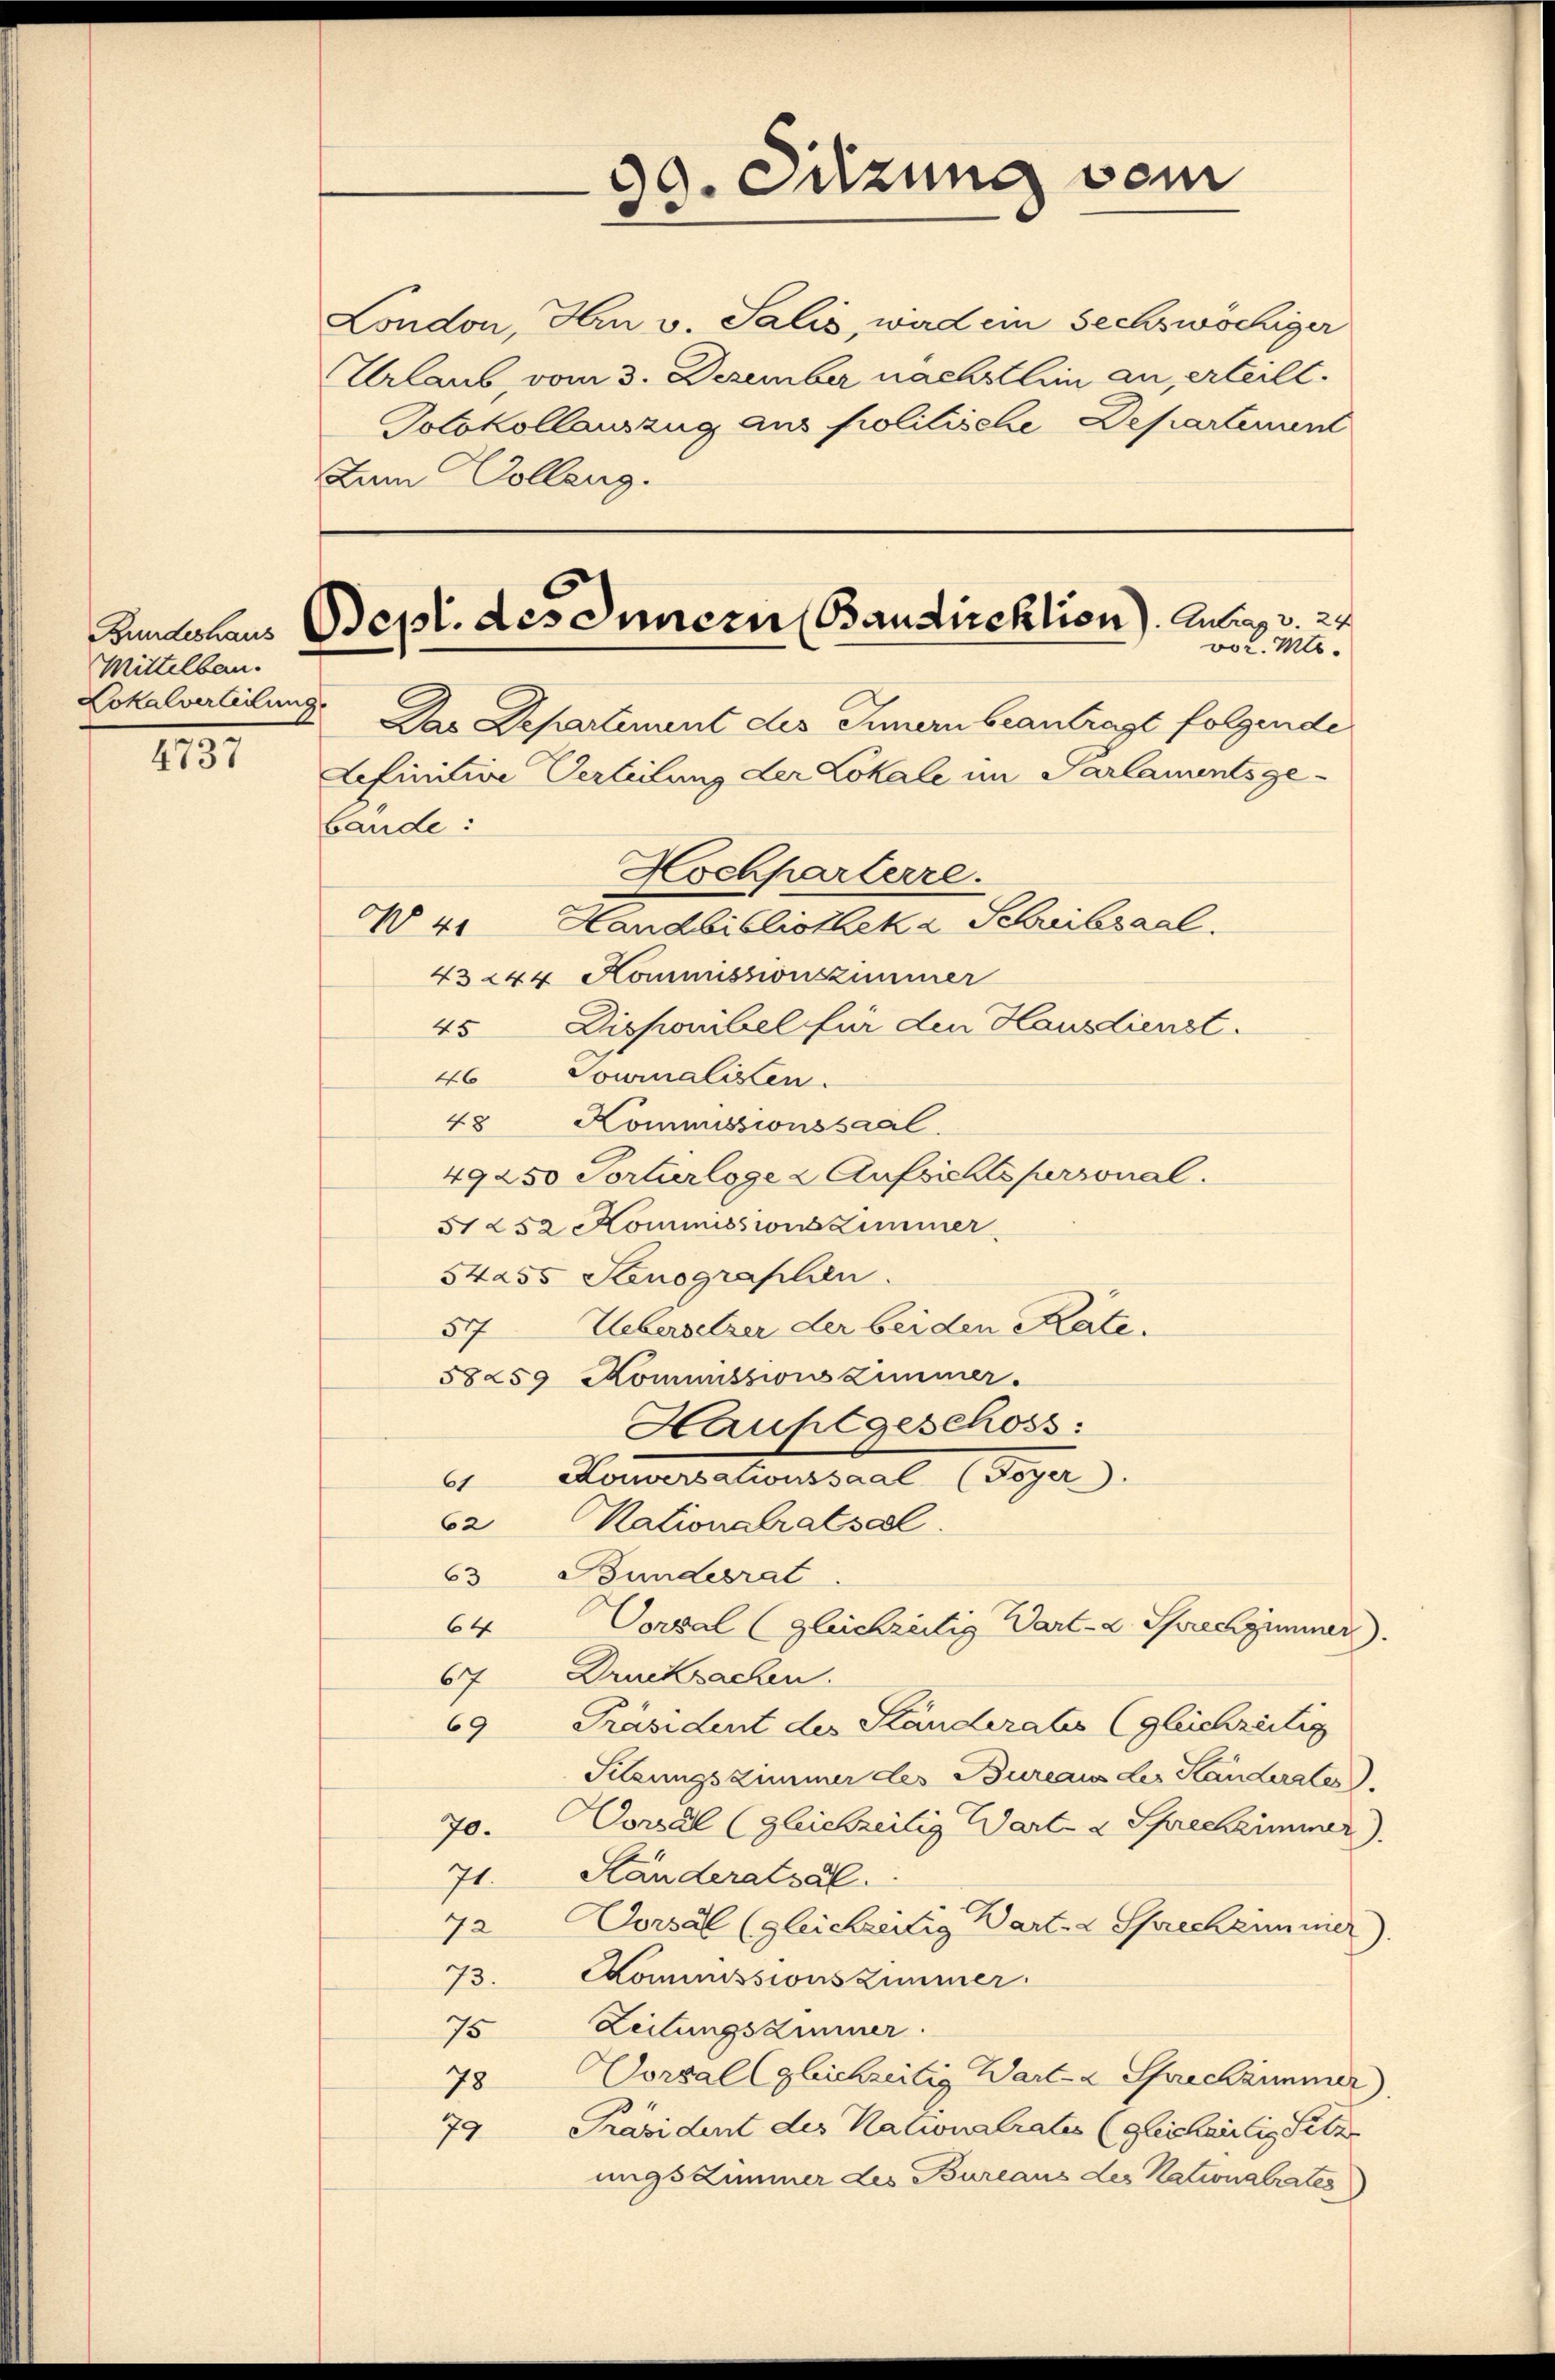
Mittelbau.
Lokalverleitung

1131

Bidehaus Sept. des Innern Baudirektion). Antrag v. 24
vor. Mts.

30. Sitzung vom
d

London, Hrn v. Salis, wird ein sechswöchiger
Urlaub, vom 3. Dezember nächsthin an, erteilt.
Jotokollauszug aus politische Departenunt
Zum Colleng.

.
Das Departiment des Innern beantrage folgende
Lefinitive Verleitung der Lokale im Parlamentsge-
bände:
Hochparterre.
W 4. Handbibliotheka Schreibsaal.
43 244 Kommissionszimmer
45 Disponibel für den Hausdienst.
46 Sowinalisten.
48 Kommissionssaal.
49250 Portirloge 2 Aufsichtspersonal.
51252 Kommissions Zimmer
54255 Stenographen
57 Uebersetzer der bei den Kate.
58259 Kommissions Zimmer.
Hauptgeschoss:
 Horgestationssaal (Gege
62 Nationalratsal
63 Bundesrat
Vorsal (gleichzeitig Wart- u. Sprechzimmer.
64
67 Drucksachen.
6 Präsident der Ständerates (gleichzeitig
Sitzungszimmer des Bureaus des Kanderates.
Coral (gleichzeitig Wart- & Schrechzimmer).
70.
Ständeratsal
71.
72 Vorsal (gleichzeitig Wart- & Sprechzimmer).
73. Kommissions Zimmer.
75 Zeitungszimmer.
Vorsal (gleichzeitig Wart-a Sprechzimmer)
78
79 Präsident des Nationalrates (gleichaelis Setze
ungs Zimmer des Bureaus des Nationalrates